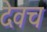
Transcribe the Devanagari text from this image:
देवच